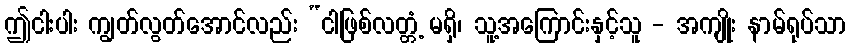
ဤငါးပါး ကျွတ်လွတ်အောင်လည်း “ငါဖြစ်လတ္တံ့ မရှိ၊ သူ့အကြောင်းနှင့်သူ - အကျိုး နာမ်ရုပ်သာ